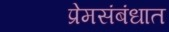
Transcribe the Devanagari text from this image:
प्रेमसंबंधात